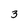
Character: 3